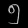
Digit: ၅